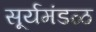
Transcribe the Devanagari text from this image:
सूर्यमंडळ